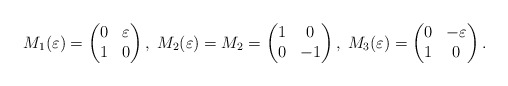
\begin{align*}M_1(\varepsilon)=\left( \begin{matrix} 0 & \varepsilon \\ 1 & 0 \end{matrix} \right), \; M_2(\varepsilon)=M_2= \left( \begin{matrix} 1 & 0 \\ 0 & -1 \end{matrix} \right), \; M_3(\varepsilon)=\left( \begin{matrix} 0 & -\varepsilon \\ 1 & 0 \end{matrix} \right).\end{align*}